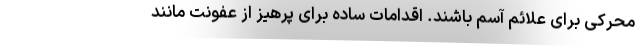
محرکی برای علائم آسم باشند. اقدامات ساده برای پرهیز از عفونت مانند